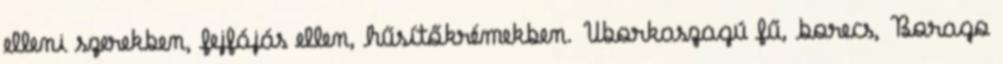
elleni szerekben, fejfájás ellen, hűsítőkrémekben. Uborkaszagú fű, borecs, Borago